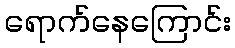
ရောက်နေကြောင်း